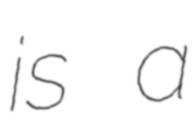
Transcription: is a